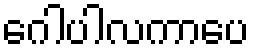
ဂေါပါလကာပေ